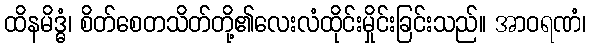
ထိနမိဒ္ဓံ၊ စိတ်စေတသိတ်တို့၏လေးလံထိုင်းမှိုင်းခြင်းသည်။ အာဝရဏံ၊